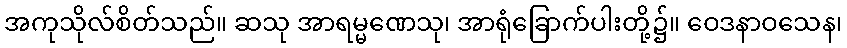
အကုသိုလ်စိတ်သည်။ ဆသု အာရမ္မဏေသု၊ အာရုံခြောက်ပါးတို့၌။ ဝေဒနာဝသေန၊